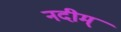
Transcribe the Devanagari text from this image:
नदीम्